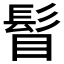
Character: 𩬞